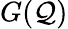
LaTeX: G(\mathcal{Q})